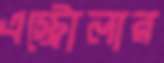
এস্ট্রোলার